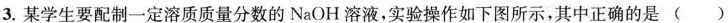
3.某学生要配制一定溶质质量分数的NaOH 溶液，实验操作如下图所示，其中正确的是 ()